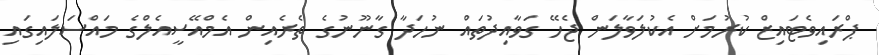
ޕްރައިވެޓައިޒް ކުރުމަށް އެކުލަވާލަން ޖެހޭ ގަވާއިދުތައް ނުހަދާ ގާނޫނުގެ ތެރެއިން އެމްއޭސީއެލްގެ މައްސަލައިގައި